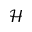
\mathcal { H }